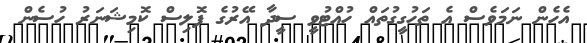
އެހެން ނަމަވެސް އެ ތަހުގީގުތައް ހުއްޓުވީ ސީދާ އޭރުގެ ޕޮލިސް ކޮމިޝަނަރު ހުސެން